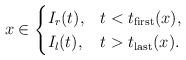
LaTeX: \begin{align*}x\in\begin{cases}I_{r}(t),&t< t_{\rm first}(x),\\I_{l}(t),&t> t_{\rm last}(x).\end{cases}\end{align*}